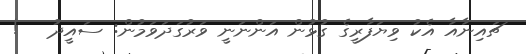
ޗައިނާއާ އެކު ވިޔަފާރީގެ ގުޅުން އަންނަނީ ވަރުގަދަވަމުން: ސައީދު   !